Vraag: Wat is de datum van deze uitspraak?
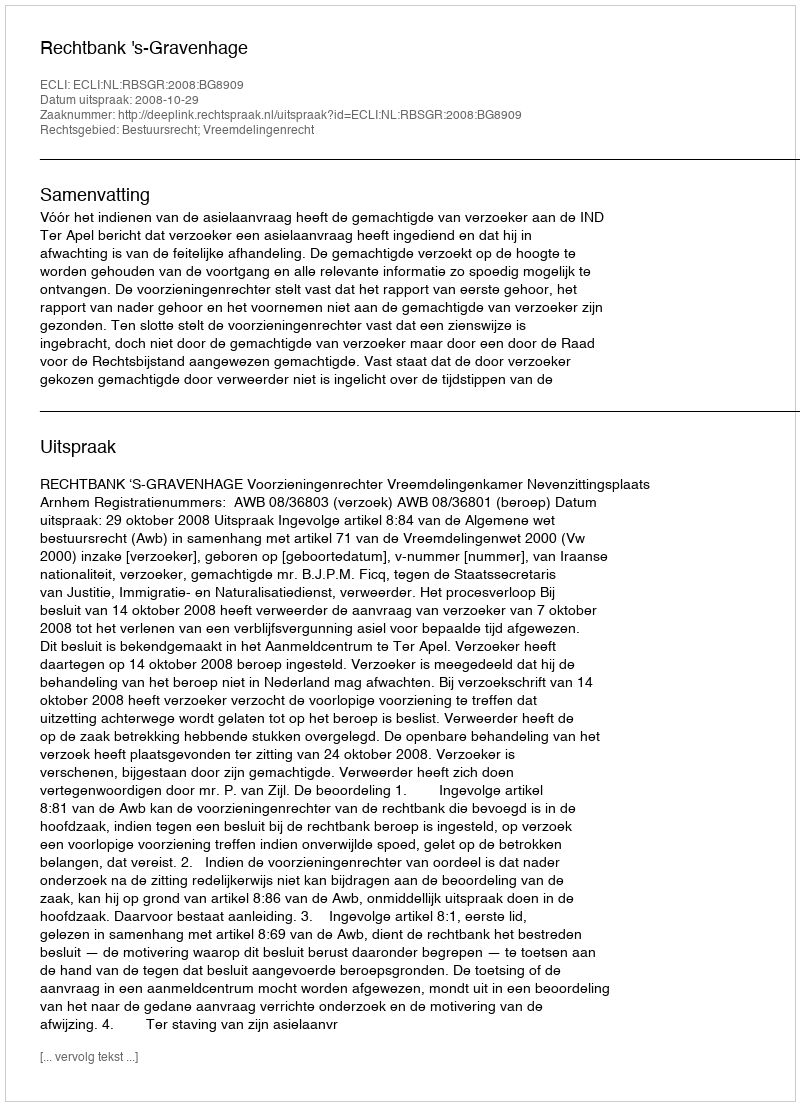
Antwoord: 2008-10-29